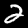
Label: 2